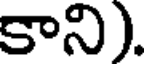
కాని).